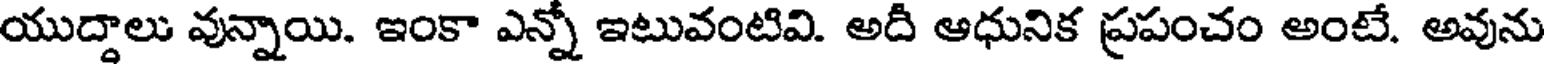
యుద్దాలు వున్నాయి. ఇంకా ఎన్నో ఇటువంటివి. అది ఆధునిక ప్రపంచం అంటే. అవును